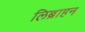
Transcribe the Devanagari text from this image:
लिब्राहन